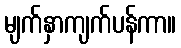
မျက်နှာကျက်ပန်ကာ။